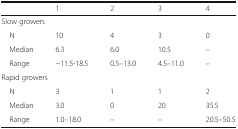
<table><thead><tr><td></td><td><b>1</b></td><td><b>2</b></td><td><b>3</b></td><td><b>4</b></td></tr></thead><tbody><tr><td colspan="5">Slow growers</td></tr><tr><td> N</td><td>10</td><td>4</td><td>3</td><td>0</td></tr><tr><td> Median</td><td>6.3</td><td>6.0</td><td>10.5</td><td>–</td></tr><tr><td> Range</td><td>−11.5-18.5</td><td>0.5–13.0</td><td>4.5–11.0</td><td>–</td></tr><tr><td colspan="5">Rapid growers</td></tr><tr><td> N</td><td>3</td><td>1</td><td>1</td><td>2</td></tr><tr><td> Median</td><td>3.0</td><td>0</td><td>20</td><td>35.5</td></tr><tr><td> Range</td><td>1.0–18.0</td><td>–</td><td>–</td><td>20.5–50.5</td></tr></tbody></table>